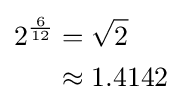
{\begin{aligned}2^{\frac {6}{12}}&={\sqrt {2}}\\&\approx 1.4142\end{aligned}}